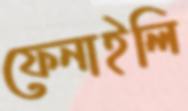
ফেনাইলি